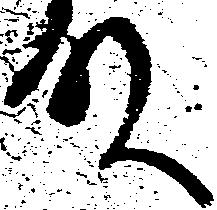
殿